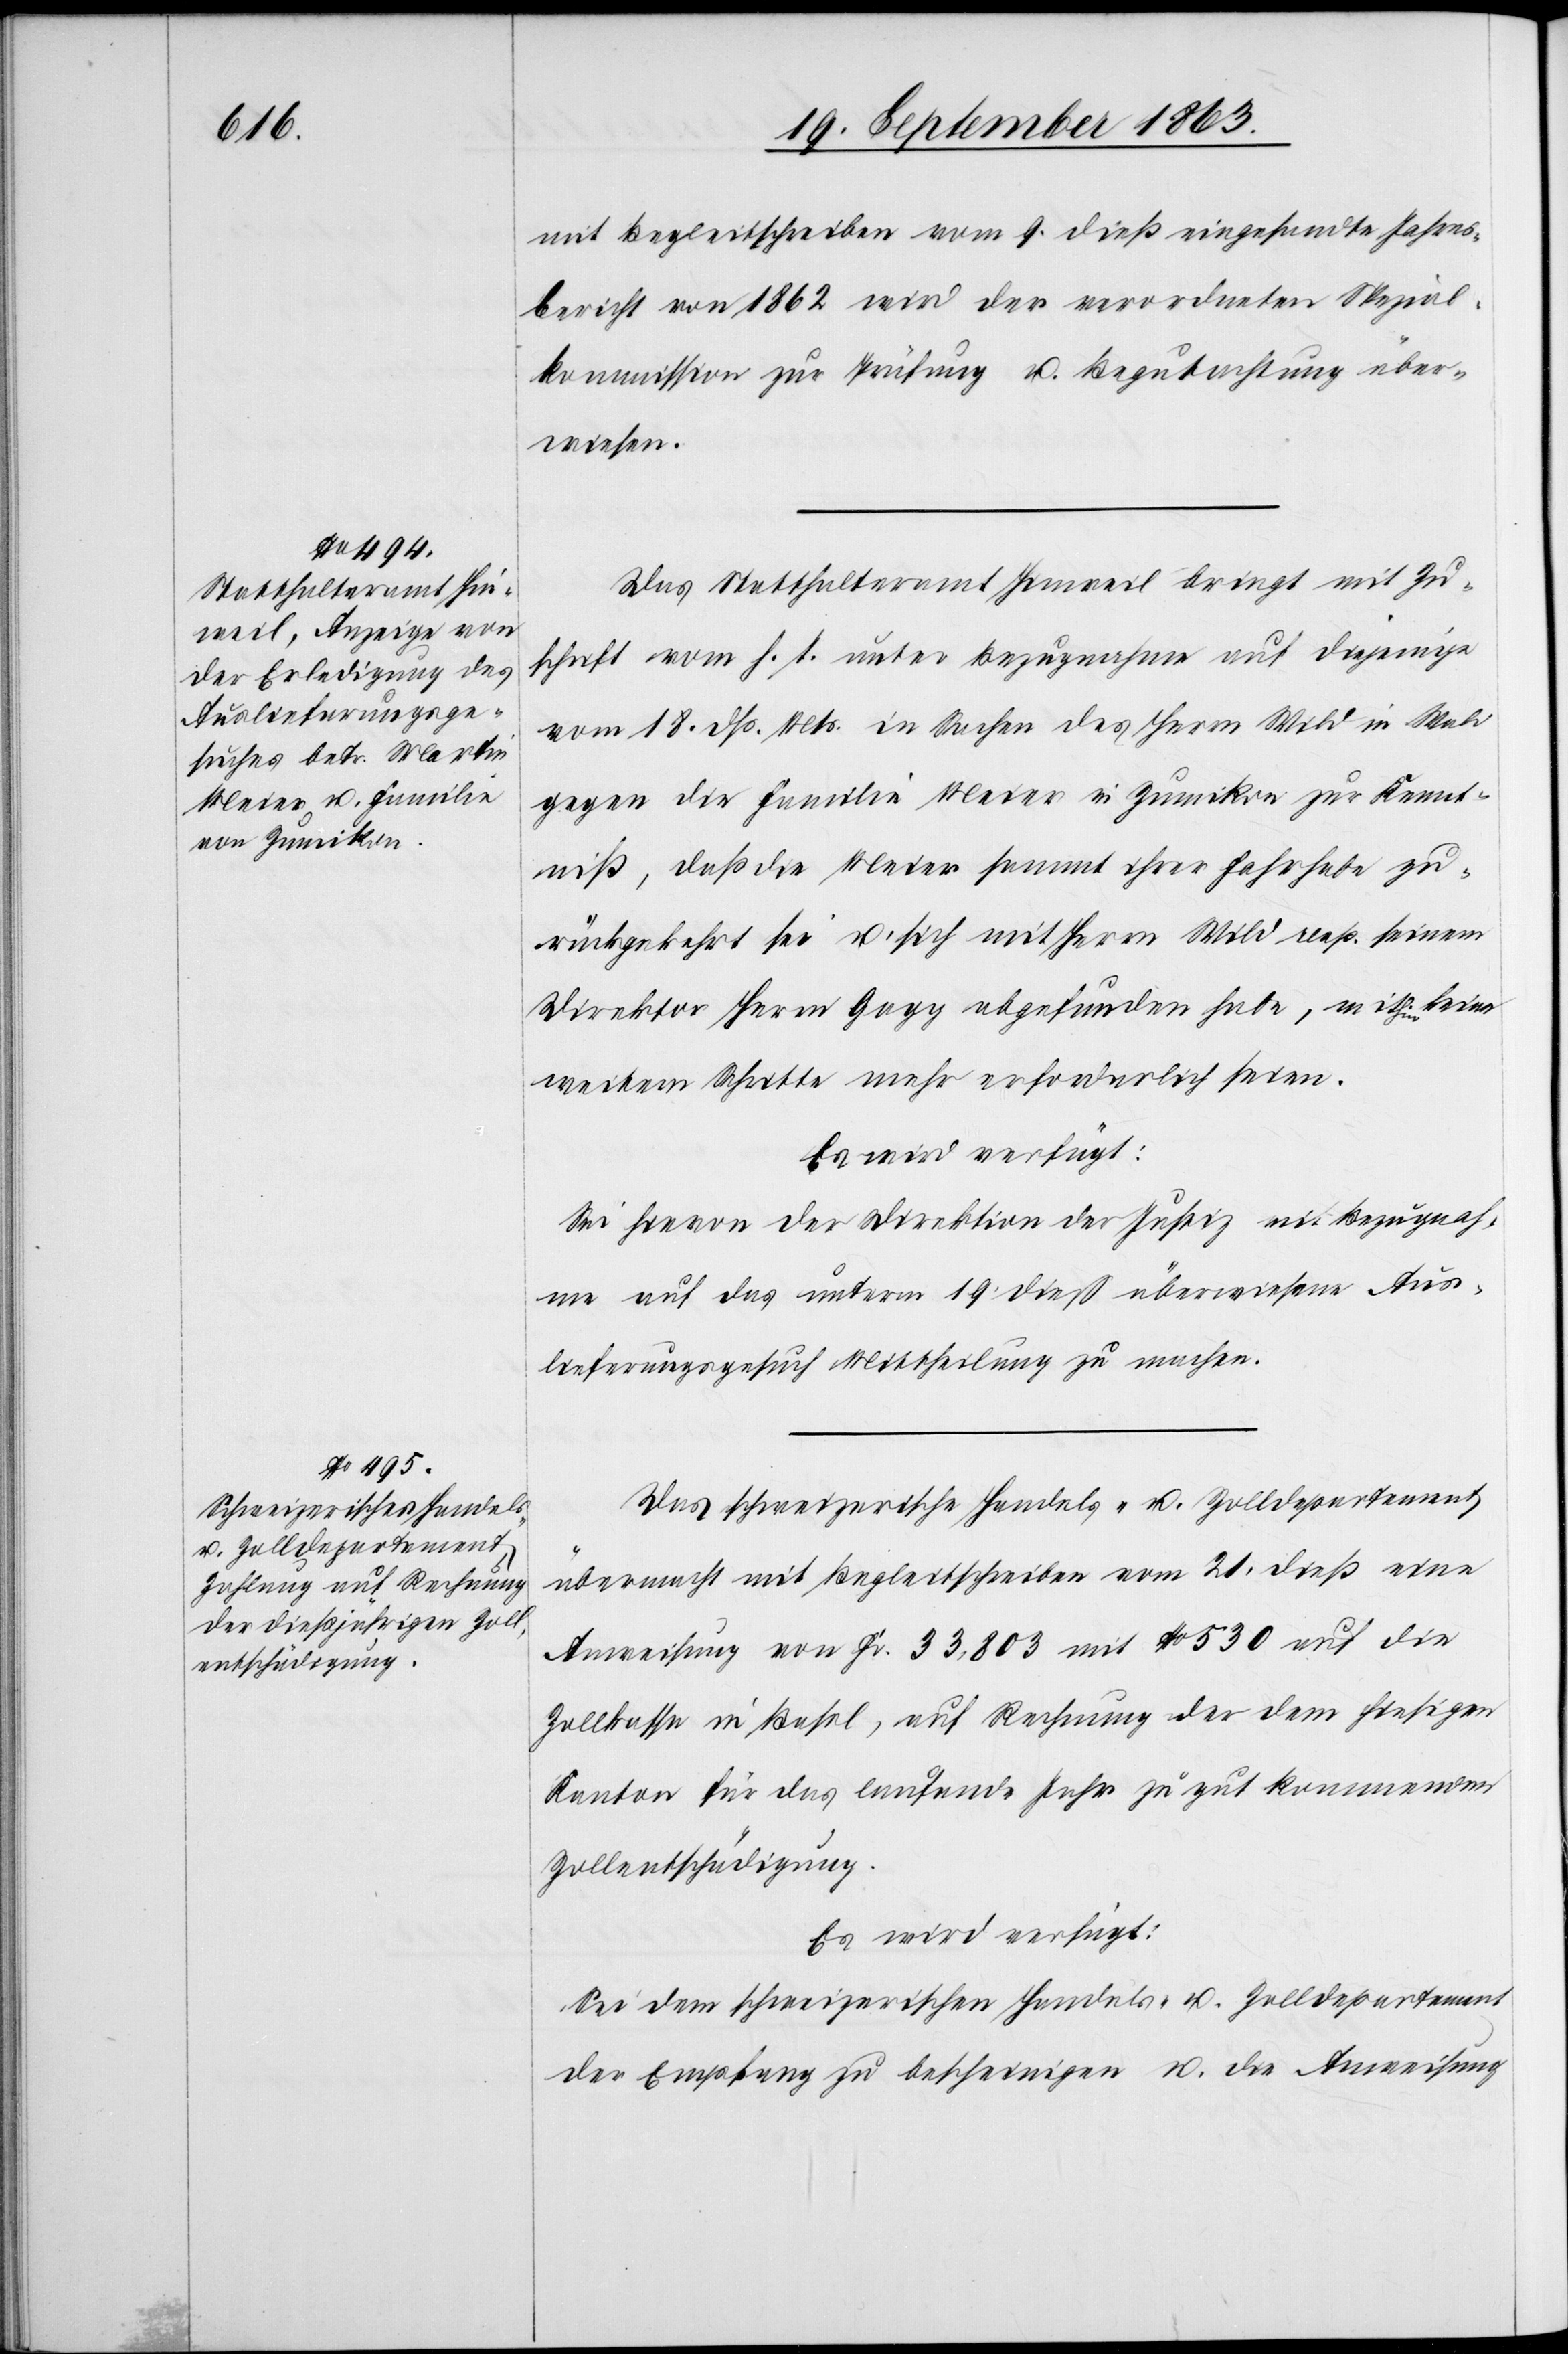
24. September 1863.]
mit Begleitschreiben vom 9. dieß eingesandte Jahres¬
bericht von 1862 wird der verordneten Spezial¬
kommission zur Prüfung u. Begutachtung über¬
wiesen.
Das Statthalteramt Hinweil bringt mit Zu¬
schrift vom h. T. unter Bezugnahme auf diejenige
vom 18. dß. Mts. in Sachen des Herrn Wild in Wald
gegen die Familie Meier in Zumikon zur Kennt¬
niß, daß die Meier sammt ihrer Fahrhabe zu¬
rückgekehrt sei u. sich mit Herrn Wild resp. seinem
Direktor Herrn Gagg abgefunden habe, mithin keine
weitern Schritte mehr erforderlich seien.
Es wird verfügt:
Sei hievon der Direktion der Justiz mit Bezugnah¬
me auf das unterm 19. dieß überwiesene Aus¬
lieferungsgesuch Mittheilung zu machen.
Das schweizerische Handels- u. Zolldepartement
übermacht mit Begleitschreiben vom 21. dieß eine
Anweisung von Fr. 33,803 mit No 530 auf die
Zollkassa in Basel, auf Rechnung der dem hiesigen
Kanton für das laufende Jahr zu gut kommenden
Zollentschädigung.
Es wird verfügt:
Sei dem schweizerischen Handels- u. Zolldepartement
der Empfang zu bescheinigen u. die Anweisung